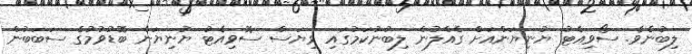
ލިބުނެވެ. ސޯވިއެޓު ޔުނިޔަންއަށް ގެއްލުން ލިބުނުކަމުގައި ވިޔަސް ސޮވިއެޓު ޔުނިޔަން ބޮޑުވުމުގެ ސަބަބުން